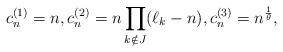
LaTeX: \begin{align*}c_n^{(1)}=n,c_n^{(2)} = n\prod_{k\notin J} (\ell_k-n),c_n^{(3)}=n^{\frac{1}{\theta}},\end{align*}